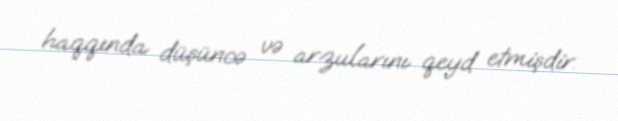
haqqında düşüncə və arzularını qeyd etmişdir.